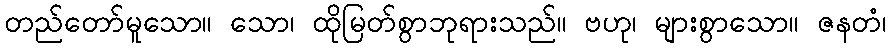
တည်တော်မူသော။ သော၊ ထိုမြတ်စွာဘုရားသည်။ ဗဟု၊ များစွာသော။ ဇနတံ၊